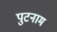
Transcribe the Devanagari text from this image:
पुटनाम